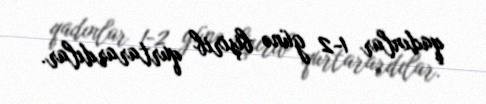
qadınlar 1-2 günə bişirib qurtarardılar.